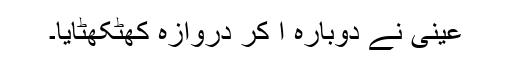
عینی نے دوبارہ آ کر دروازہ کھٹکھٹایا۔